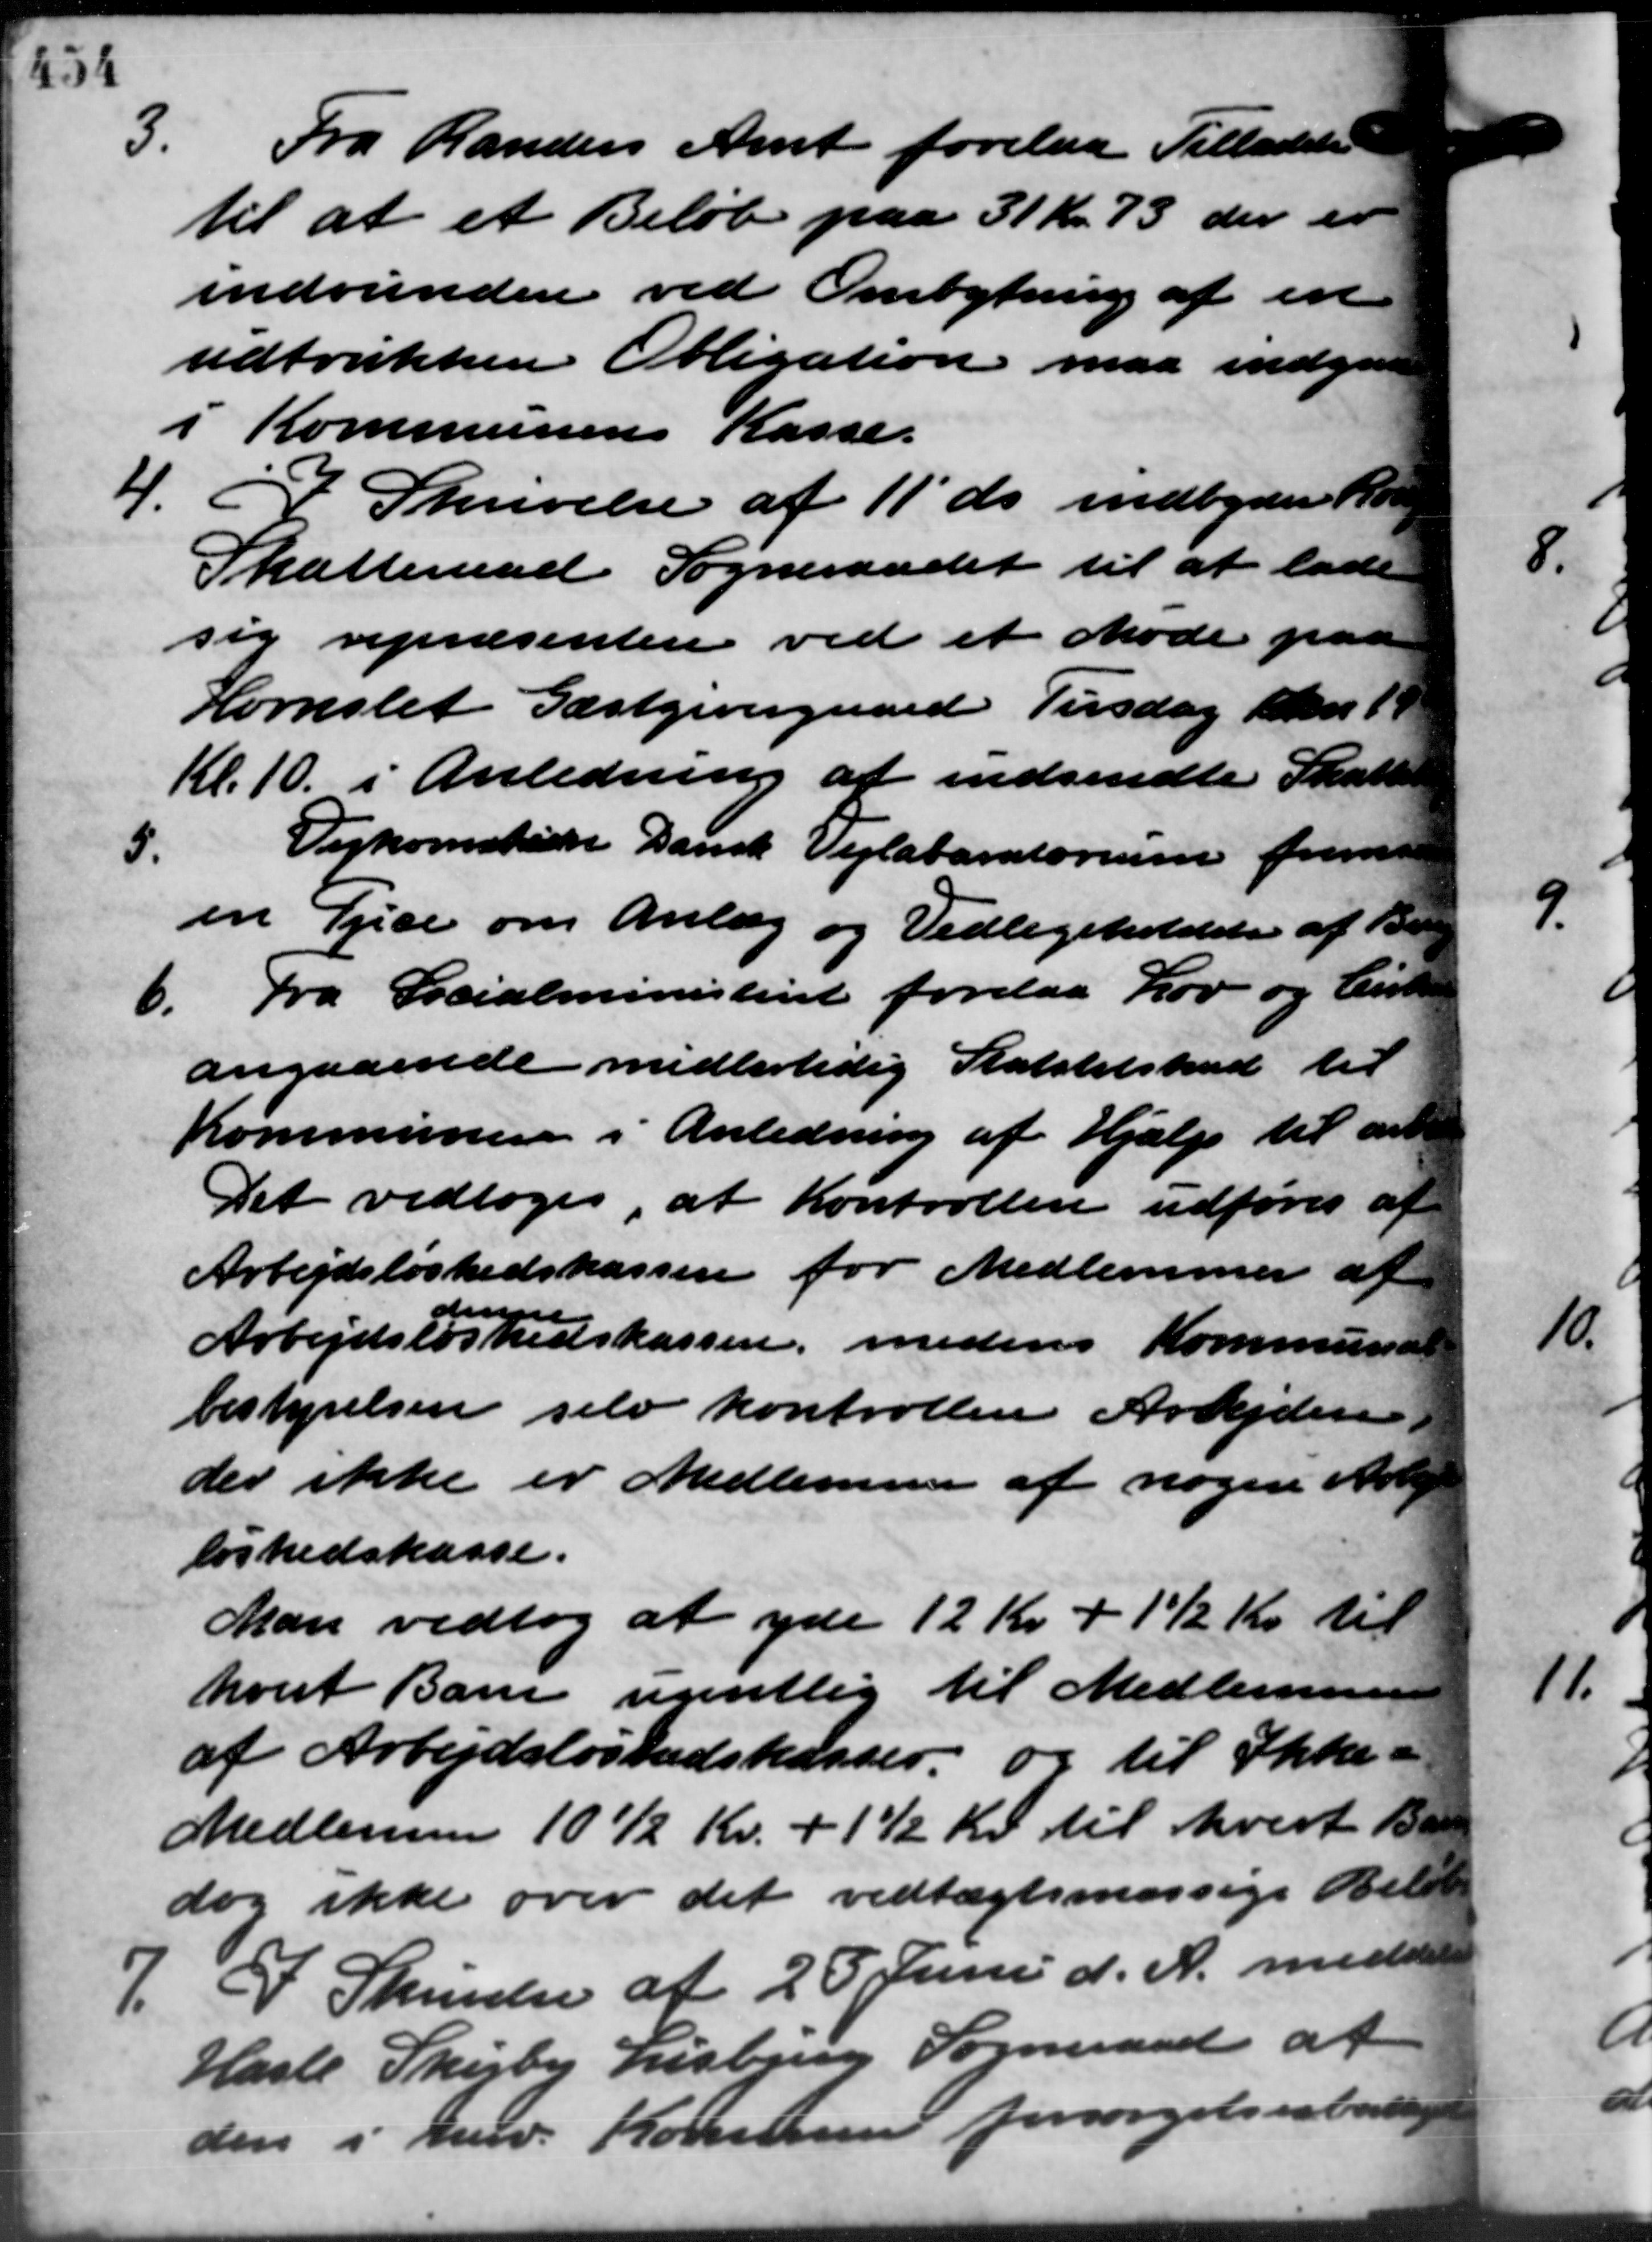
Transskription:
3.
Fra Randers Amt forelaa Tilladelse
til at et Beløb paa 31 Kr. 73 der er
indvundere ved Ombytning af en
udtrukken Obligation maa indgaaen
i Kommunens Kasse.
4. I Skrivelse af 11´ds. indbyder Hol
4. I Skrivelse af 11´ds. indbyder Hol
Skatteraad Sogneraadet til at lade
sig repræsenten ved et Møde paa
Hornslet Gæstgivergaard Tirsdag den 19
Kl. 10 i Anledning af indsendte Skatter
Vejkomstien Dansk Vejlaboratorium frems
5.
en Tjede om Anlæg og Vedligeholdelse af Be-
6. Fra Socialministeriet forelaa Lov og Cirku
6. Fra Socialministeriet forelaa Lov og Cirku
angaaende midlertidig Statstilskud til
Kommunen i Anledning af Hjælp til ant
Det vedtoges, at Kontrollen udføres af
Arbejdsløshedskassen for Medlemmer af
Arbejdsløshedskassen, medens Kommunal
der e
bestyrelsen selv kontrollen Arbejdere
der ikke er Medlemmer af nogen Arbejd
løshedskasse.
Man vedtog at yde 12 Kr. + 1 Kr. til
hvert Barn ugentlig til Medlemmer
af Arbejdsløshedskasser og til Ikke -
Medlemmer 100 Kr. + 1½ Kr. til hvert 1500
dog ikke over det vedtægtsmæssige Beløb
7. I Skrivelse af 25 Juni d. A. meddeler
7. I Skrivelse af 25 Juni d. A. meddeler
Hasle Skejby Lisbjerg Sogneraad at
den i herv. Kommune forsørgelsesberettige

A
a